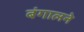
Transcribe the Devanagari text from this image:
बंगालने